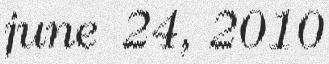
june 24, 2010